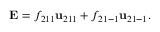
\mathbf { E } = f _ { 2 1 1 } \mathbf { u } _ { 2 1 1 } + f _ { 2 1 - 1 } \mathbf { u } _ { 2 1 - 1 } .